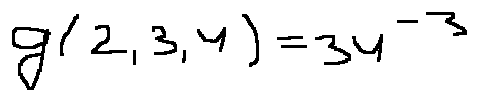
g ( 2 , 3 , 4 ) = 3 4 ^ { - 3 }